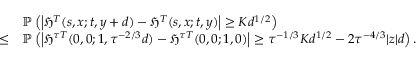
\begin{array} { r l } & { \mathbb { P } \left( \left| \mathfrak { H } ^ { T } ( s , x ; t , y + d ) - \mathfrak { H } ^ { T } ( s , x ; t , y ) \right| \geq K d ^ { 1 / 2 } \right) } \\ { \leq } & { \mathbb { P } \left( \left| \mathfrak { H } ^ { \tau T } ( 0 , 0 ; 1 , \tau ^ { - 2 / 3 } d ) - \mathfrak { H } ^ { \tau T } ( 0 , 0 ; 1 , 0 ) \right| \geq \tau ^ { - 1 / 3 } K d ^ { 1 / 2 } - 2 \tau ^ { - 4 / 3 } | z | d \right) . } \end{array}